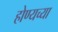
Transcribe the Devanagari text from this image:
होण्यच्या